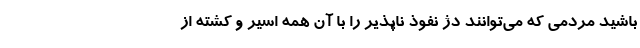
باشید مردمی که می‌توانند دژ نفوذ ناپذیر را با آن همه اسیر و کشته از